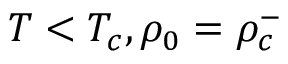
T < T _ { c } , \rho _ { 0 } = \rho _ { c } ^ { - }